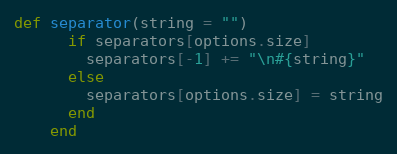
Language: Ruby
def separator(string = "")
      if separators[options.size]
        separators[-1] += "\n#{string}"
      else
        separators[options.size] = string
      end
    end